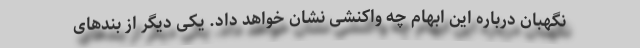
نگهبان درباره این ابهام چه واکنشی نشان خواهد داد. یکی دیگر از بندهای